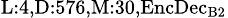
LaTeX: _{\textrm{L}:4,\textrm{D}:576,\textrm{M}:30,\textrm{EncDec}_{\textrm{B}2}}